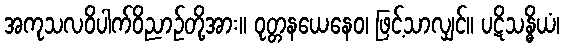
အကုသလဝိပါက်ဝိညာဉ်တို့အား။ ဝုတ္တနယေနေဝ၊ ဖြင့်သာလျှင်။ ပဋိသန္ဓိယံ၊